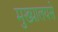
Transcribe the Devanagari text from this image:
मुख्यालयसे